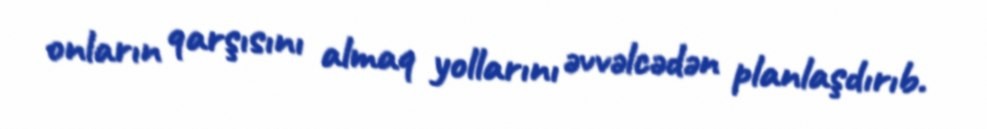
onların qarşısını almaq yollarını əvvəlcədən planlaşdırıb.